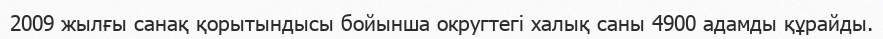
2009 жылғы санақ қорытындысы бойынша округтегі халық саны 4900 адамды құрайды.